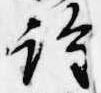
詮